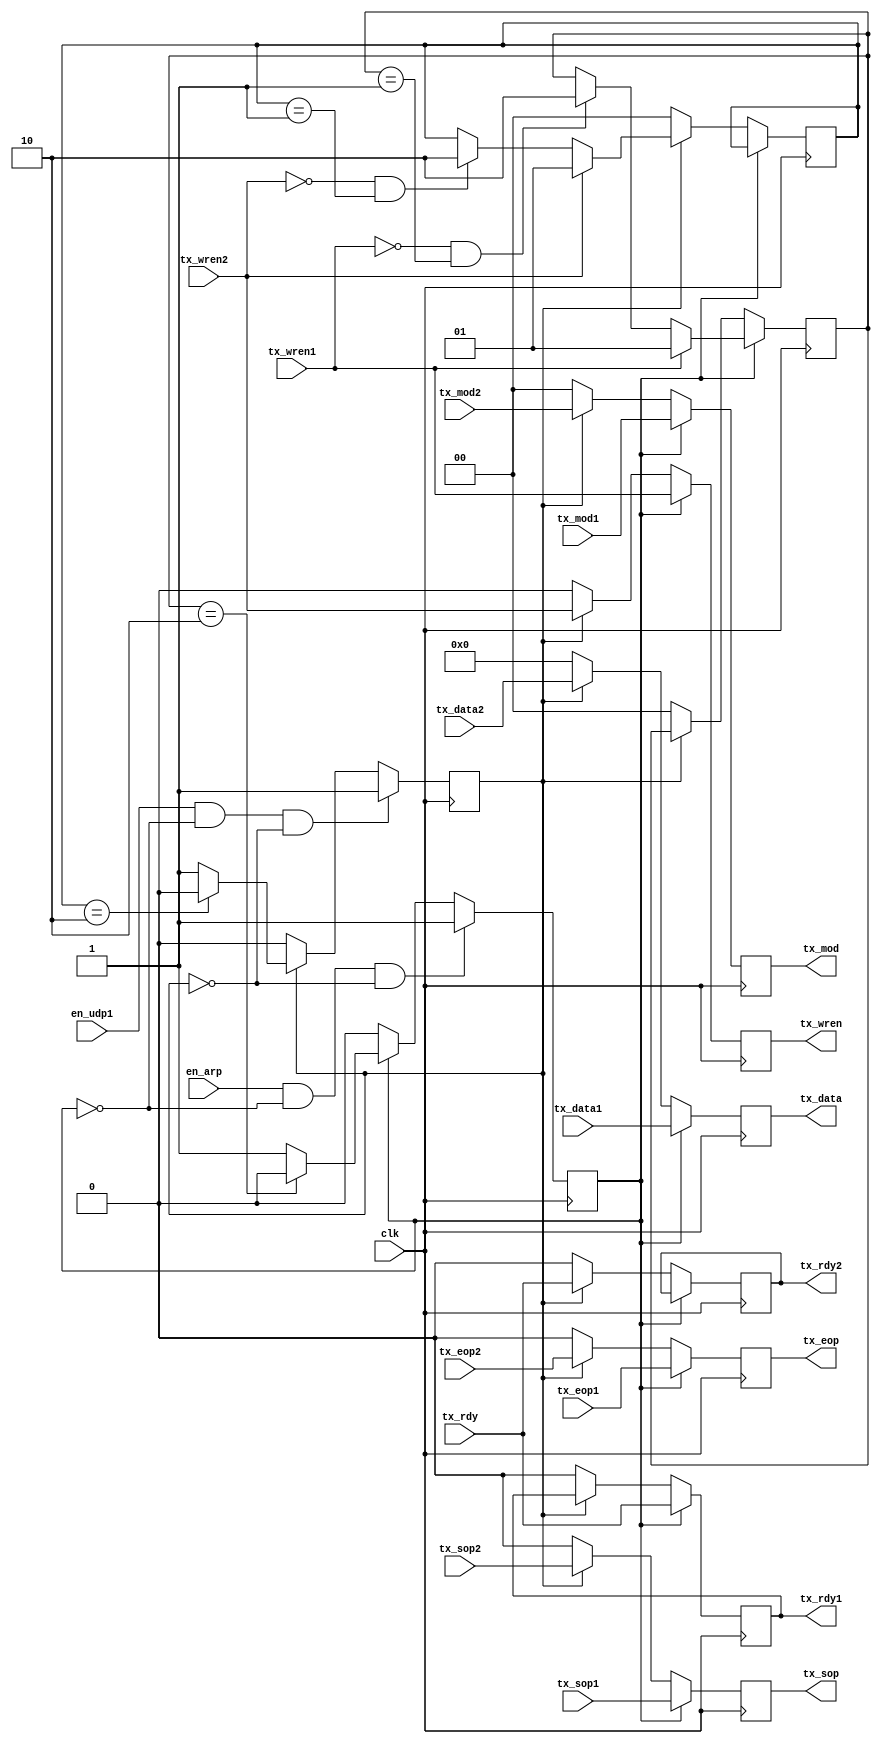
//-----------------------------------------------------------------------------
//
// Title       : udp_arbitr
// Design      : list
// Company     : Microsoft
//
//-----------------------------------------------------------------------------
//
// Generated   : Thu Mar 14 17:27:33 2019
// From        : interface description file
// By          : Itf2Vhdl ver. 1.22
//
//-----------------------------------------------------------------------------
//
// Description : 
//
//-----------------------------------------------------------------------------
`timescale 1 ns / 1 ps

//{{ Section below this comment is automatically maintained
//   and may be overwritten
//{module {udp_arbitr}}
module udp_arbitr ( clk ,tx_rdy,en_arp ,en_udp1,tx_mod1 ,tx_wren1 ,tx_eop1 ,tx_sop1 ,tx_data1,tx_rdy1,tx_mod2 ,tx_wren2 ,tx_eop2 ,tx_sop2 ,tx_data2,tx_rdy2 ,tx_wren ,tx_mod ,tx_eop,tx_sop ,tx_data );

output tx_wren ;
wire tx_wren ;
output [1:0] tx_mod ;
wire [1:0] tx_mod ;
output tx_eop ;
wire tx_eop ;  
output tx_sop ;
wire tx_sop ; 
output [31:0] tx_data ;
wire [31:0] tx_data ;

input clk ;
wire clk ; 

//-----c MAC --------
input tx_rdy;

//-----  

output tx_rdy1;				//ARP+ICMP
input [1:0] tx_mod1 ;
wire [1:0] tx_mod1 ;
input tx_wren1 ;
wire tx_wren1 ;
input tx_eop1 ;
wire tx_eop1 ;
input tx_sop1 ;
wire tx_sop1 ;
input [31:0] tx_data1 ;
wire [31:0] tx_data1 ; 
input en_arp;

output tx_rdy2;			   //UDP1
input [1:0] tx_mod2 ;
wire [1:0] tx_mod2 ;
input tx_wren2 ;
wire tx_wren2 ;
input tx_eop2 ;
wire tx_eop2 ;
input tx_sop2 ;
wire tx_sop2 ;
input [31:0] tx_data2 ;
wire [31:0] tx_data2 ; 
input en_udp1;

reg FLAG_arp =0;
reg FLAG_udp1=0;
reg [1:0] FLAG_arp_process =0;	 
reg [1:0] FLAG_udp1_process=0;

reg [1:0]   tx_mod_reg=0;
reg        tx_wren_reg=0;
reg         tx_eop_reg=0;
reg         tx_sop_reg=0;
reg [31:0] tx_data_reg=0;
reg        tx1_rdy_reg=0;
reg        tx2_rdy_reg=0; 

assign tx_wren = tx_wren_reg;
assign tx_mod  = tx_mod_reg;
assign tx_eop  = tx_eop_reg;
assign tx_sop  = tx_sop_reg;
assign tx_data = tx_data_reg;
assign tx_rdy1 = tx1_rdy_reg;
assign tx_rdy2 = tx2_rdy_reg;

always @(posedge clk)
	begin
  
	if ((en_arp)&&(FLAG_arp==0)&&(FLAG_udp1==0)) FLAG_arp <=1; 
	else if (FLAG_arp) 
		begin
			if (FLAG_arp_process ==2) FLAG_arp  <=0;  
		end
	
	if ((en_udp1)&&(FLAG_arp==0)&&(FLAG_udp1==0)) FLAG_udp1<=1; 
	else if (FLAG_udp1)
		begin
			if (FLAG_udp1_process==2) FLAG_udp1 <=0;				
		end
	
			
	if (FLAG_arp)
		begin
			if (tx_wren1) FLAG_arp_process<=1; //    
			else 
				if ((tx_wren1==0)&&(FLAG_arp_process==1))FLAG_arp_process<=2; //     
				
			tx_mod_reg <=tx_mod1;
			tx_wren_reg<=tx_wren1;
			tx_eop_reg <=tx_eop1;
			tx_sop_reg <=tx_sop1;
			tx_data_reg<=tx_data1;
			tx1_rdy_reg<=tx_rdy; 
			
		end else
	 if (FLAG_udp1)
		begin  
			if (tx_wren2) FLAG_udp1_process<=1; //    
			else 
				if ((tx_wren2==0)&&(FLAG_udp1_process==1))FLAG_udp1_process<=2; //     
			
			tx_mod_reg <=tx_mod2;
			tx_wren_reg<=tx_wren2;
			tx_eop_reg <=tx_eop2;
			tx_sop_reg <=tx_sop2;
			tx_data_reg<=tx_data2;	
			tx2_rdy_reg<=tx_rdy; 

		end	
			else
				begin				
				tx_data_reg<=0;
				tx_sop_reg <=0;
				tx_eop_reg <=0;
				tx_mod_reg <=0;
				tx_wren_reg<=0;
				tx1_rdy_reg<=0; 
				tx2_rdy_reg<=0;
				FLAG_arp_process <=0;	
				FLAG_udp1_process<=0;	
				end		
		
	end	 

endmodule